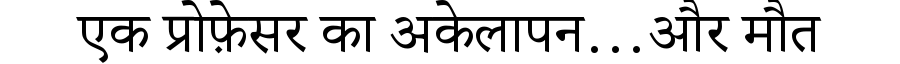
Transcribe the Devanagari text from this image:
एक प्रोफ़ेसर का अकेलापन…और मौत